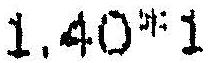
1.40*1